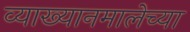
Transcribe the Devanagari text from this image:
व्याख्यानमालेच्या